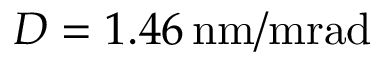
D = 1 . 4 6 \, \mathrm { n m / m r a d }